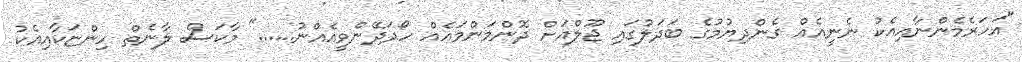
"އަހަރެމެންނާއިއެކު ނެނީއެއް ގެންދިޔުމުގެ ބަދަލުގައި ޖޫލްއަށް ދޮންމަންމައެއް ހޯދަދޭންވީއެއްނު......" މާކަސް ލާނެތް ހިންޏަކާއިއެކު